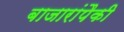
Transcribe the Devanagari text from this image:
बाजारांपैकी